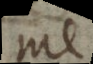
e